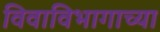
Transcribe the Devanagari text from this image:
विवाविभागाच्या